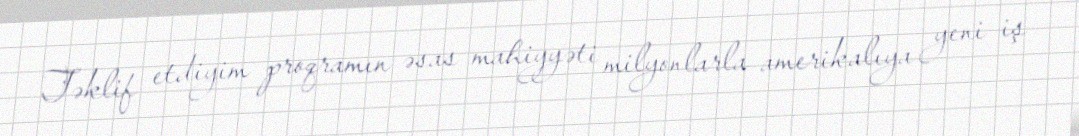
Təklif etdiyim proqramın əsas mahiyyəti milyonlarla amerikalıya yeni iş